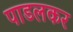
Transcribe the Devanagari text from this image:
पाडलकर